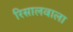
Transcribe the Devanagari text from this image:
रिसालवाला